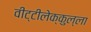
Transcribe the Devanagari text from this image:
वीट्टीलेक्कुल्ला